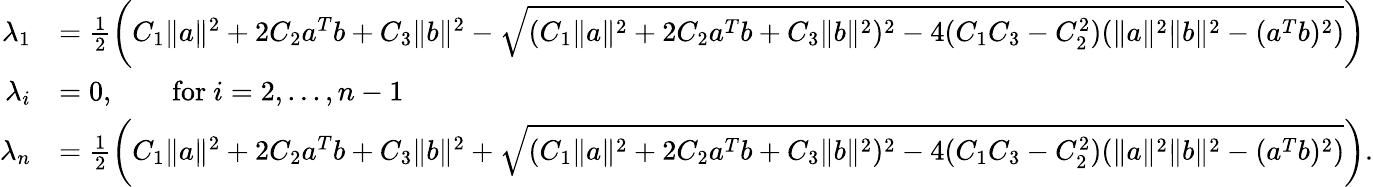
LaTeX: \begin{array}{rl}{\lambda_{1}}&{=\frac{1}{2}\left(C_{1}\| a\| ^{2}+2C_{2}a^{T}b+C_{3}\| b\| ^{2}-\sqrt{(C_{1}\| a\| ^{2}+2C_{2}a^{T}b+C_{3}\| b\| ^{2})^{2}-4(C_{1}C_{3}-C_{2}^{2})(\| a\| ^{2}\| b\| ^{2}-(a^{T}b)^{2})}\right)}\\ {\lambda_{i}}&{=0,\qquad\mathrm{for~}i=2,...,n-1}\\ {\lambda_{n}}&{=\frac{1}{2}\left(C_{1}\| a\| ^{2}+2C_{2}a^{T}b+C_{3}\| b\| ^{2}+\sqrt{(C_{1}\| a\| ^{2}+2C_{2}a^{T}b+C_{3}\| b\| ^{2})^{2}-4(C_{1}C_{3}-C_{2}^{2})(\| a\| ^{2}\| b\| ^{2}-(a^{T}b)^{2})}\right).}\end{array}